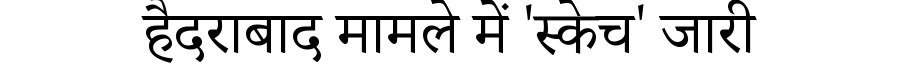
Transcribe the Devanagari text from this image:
हैदराबाद मामले में 'स्केच' जारी